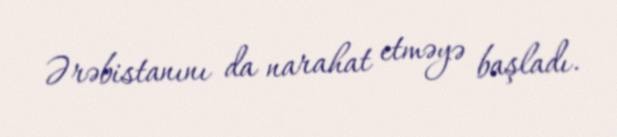
Ərəbistanını da narahat etməyə başladı.